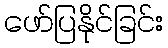
ဖော်ပြနိုင်ခြင်း